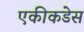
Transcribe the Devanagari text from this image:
एकीकडेस